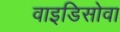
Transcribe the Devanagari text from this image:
वाइडिसोवा